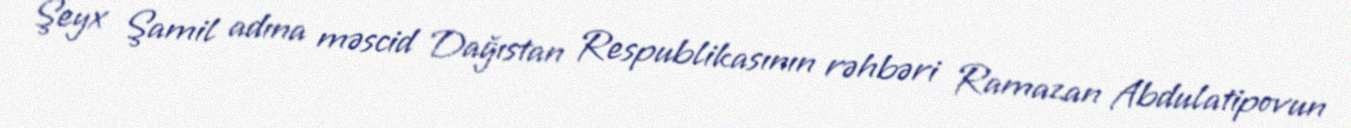
Şeyx Şamil adına məscid Dağıstan Respublikasının rəhbəri Ramazan Abdulatipovun